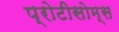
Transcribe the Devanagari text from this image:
प्रोटीसोम्स